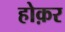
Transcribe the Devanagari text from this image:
होक़र